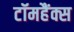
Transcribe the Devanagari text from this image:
टॉमहैंक्स